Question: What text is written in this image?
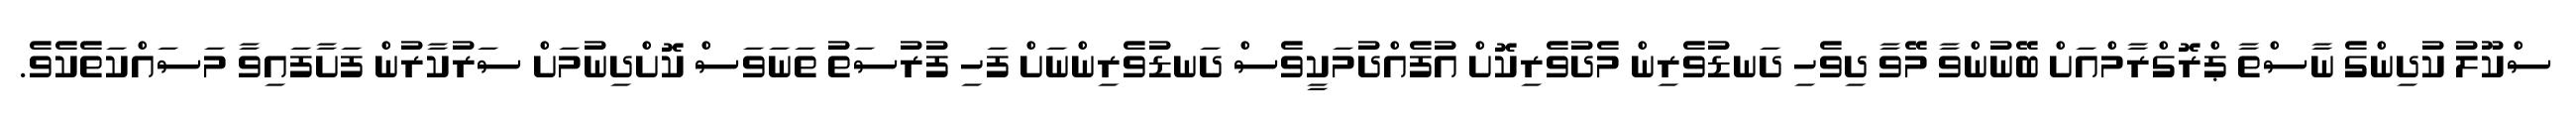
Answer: ސްކޫލު ކުދިންގެ ނާސްތާ ޕްރޮގްރާމްއަށް ބޭނުންވާ މޭވާ ދިވެހި ދަނޑުވެރިން މެދުވެރިކޮށް އުފެއްދުމަކީވެސް ދަނޑުވެރިންނަށް ފަހި ފުރުސަތު ތަނަވަސް ކޮށްދިނުމަށް ސަރުކާރުން ފަށާފައިވާ މަސައްކަތެކެވެ.